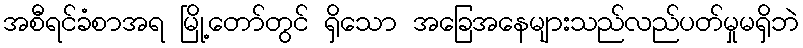
အစီရင်ခံစာအရ မြို့တော်တွင် ရှိသော အခြေအနေများသည်လည်ပတ်မှုမရှိဘဲ